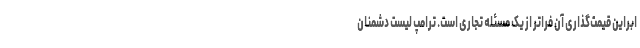
ابراین قیمت‌گذاری آن فراتر از یک مسئله تجاری است. ترامپ لیست دشمنان